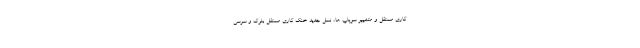
کاری مستقل و متغییر سوپاپ ها، نسل جدید خنک کاری مستقل بلوک و سرسی